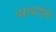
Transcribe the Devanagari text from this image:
पराकाष्ठेचें